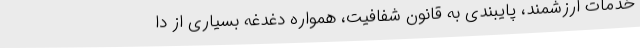
خدمات ارزشمند، پایبندی به قانون شفافیت، همواره دغدغه بسیاری از دا